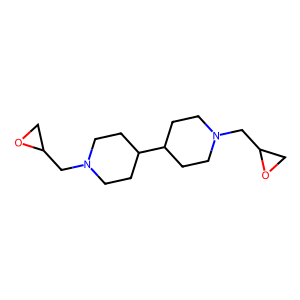
SMILES: C1OC1CN1CCC(C2CCN(CC3CO3)CC2)CC1
Inhibits HIV replication: No